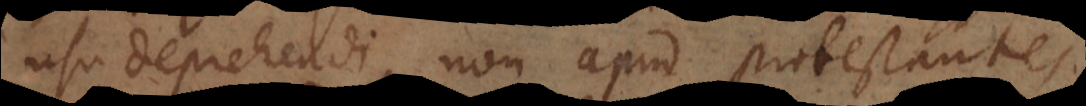
usu deprehendi, non apud protestantes